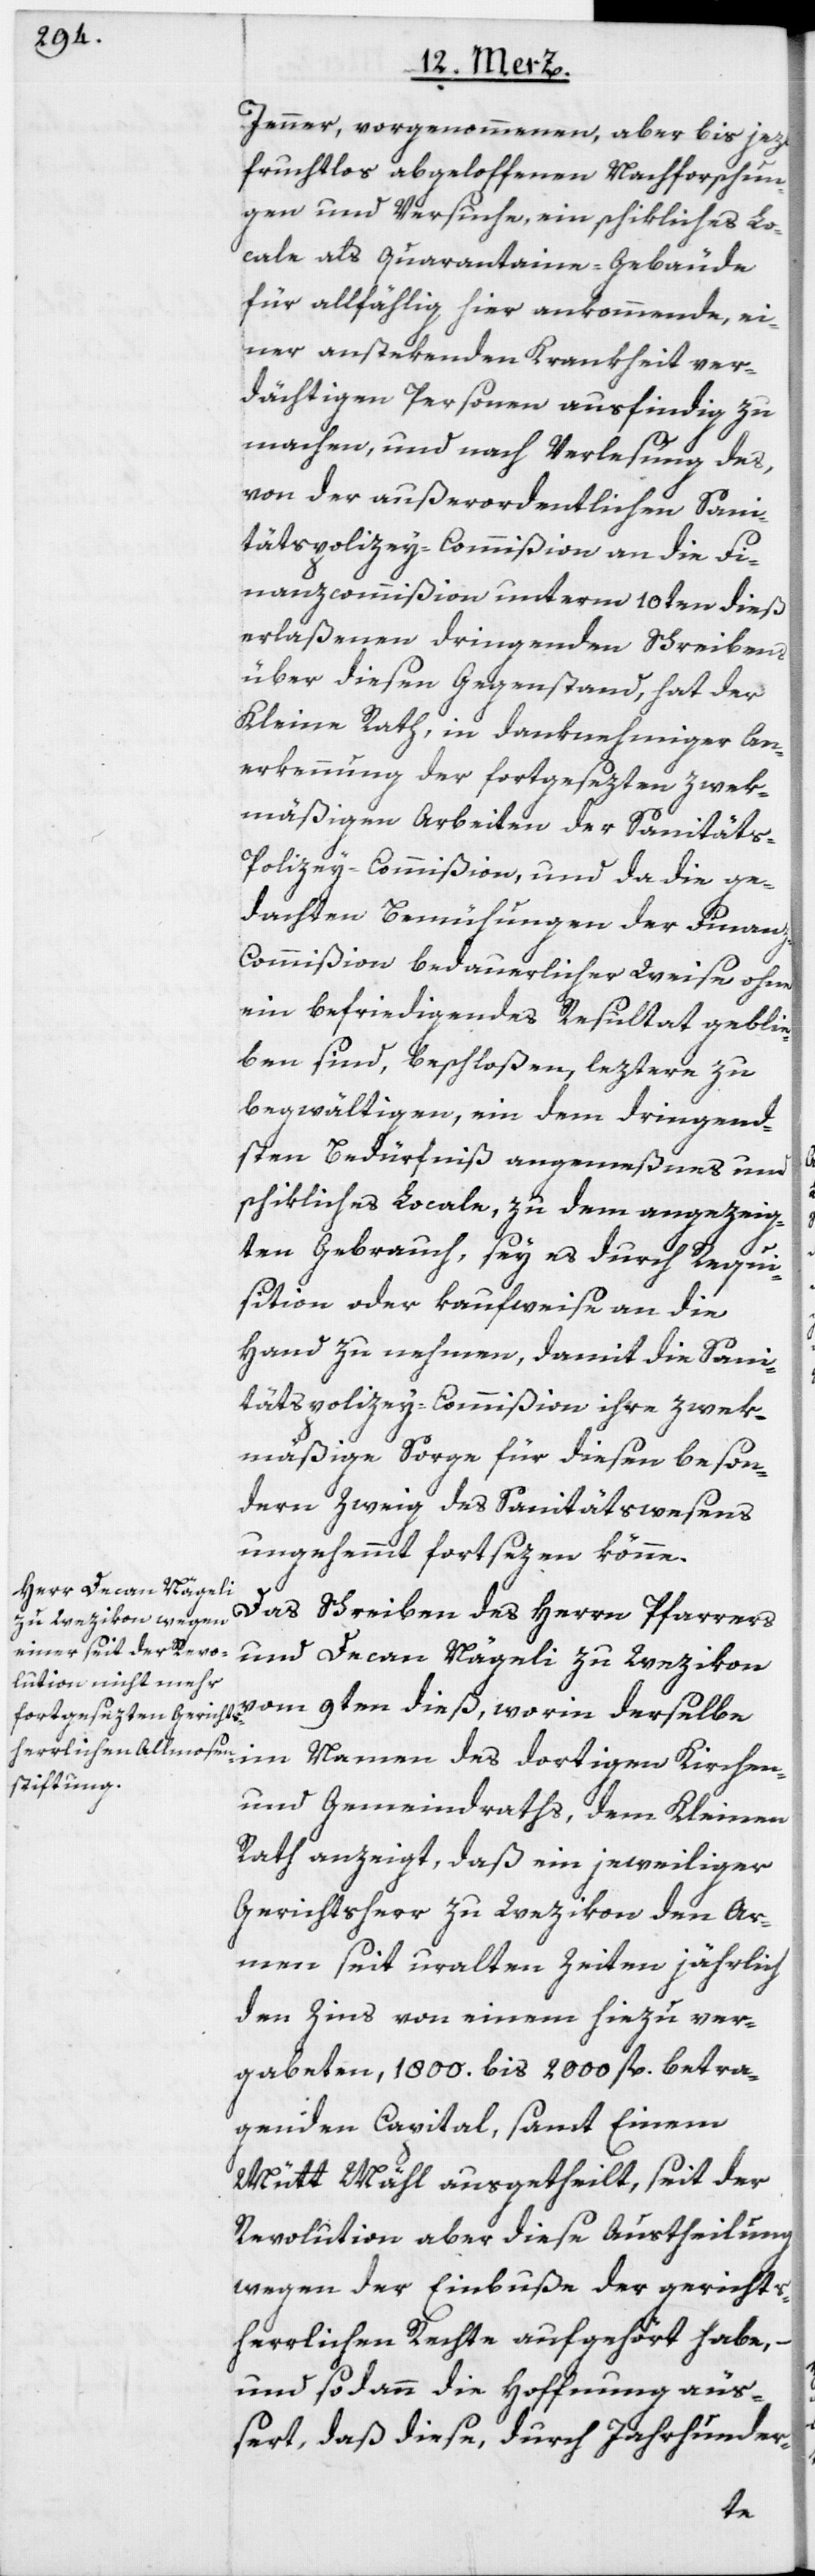
Jenner, vorgenommenen, aber bis jezt
fruchtlos abgeloffenen Nachforschun¬
gen und Versuche, ein schikliches Lo¬
cale als Quarantaine-Gebäude
für allfählig hier ankommende, ei¬
ner anstekenden Krankheit ver¬
dächtigen Personen ausfindig zu
machen, und nach Verlesung des,
von der außerordentlichen Sani¬
tätspolizey-Commißion an die Fi¬
nanzcommißion unterm 10ten dieß
erlaßenen dringenden Schreibens
über diesen Gegenstand, hat der
Kleine Rath, in danknehmiger An¬
erkennung der fortgesezten zwek¬
mäßigen Arbeiten der Sanitäts-P¬
olizey-Commißion, und da die ge¬
dachten Bemühungen der Finan¬
z-Commißion bedauerlicher Weise ohne
ein befriedigendes Resultat geblie¬
ben sind, beschloßen, leztere zu
begwältigen, ein dem dringend¬
sten Bedürfniß angemeßnes und
schikliches Locale, zu dem angezeig¬
ten Gebrauch, sey es durch Requi¬
sition oder kaufweise an die
Hand zu nehmen, damit die Sani¬
tätspolizey-Commißion ihre zwek¬
mäßige Sorge für diesen beson¬
dern Zweig des Sanitätswesens
ungehemmt fortsezen könne.
Das Schreiben des Herrn Pfarrers
und Decan Nägeli zu Wezikon
vom 9ten dieß, worin derselbe
und Gemeindraths, dem Kleinen
Rath anzeigt, daß ein jeweiliger
Gerichtsherr zu Wezikon den Ar¬
men seit uralten Zeiten jährlich
den Zins von einem hiezu ver¬
gabeten, 1800. bis 2000 fl. betra¬
genden Capital, samt Einem
Mütt Mähl ausgetheilt, seit der
Revolution aber diese Austheilung
wegen der Einbuße der gerichts¬
herrlichen Rechte aufgehört habe,
und sodann die Hoffnung äuß¬
ert, daß diese, durch Jahrhunder-
des